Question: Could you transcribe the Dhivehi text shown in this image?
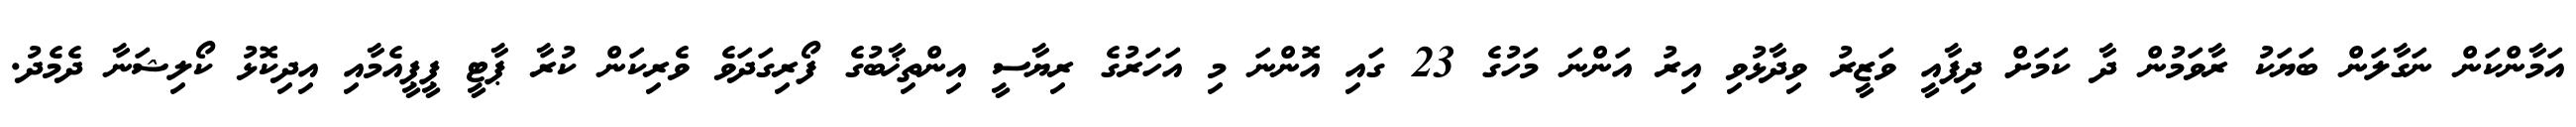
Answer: އަމާންކަން ނަގާލަން ބަޔަކު ރާވަމުން ދާ ކަމަށް ދިފާއީ ވަޒީރު ވިދާޅުވި އިރު އަންނަ މަހުގެ 23 ގައި އޮންނަ މި އަހަރުގެ ރިޔާސީ އިންތިޚާބުގެ ފޯރިގަދަވެ ވެރިކަން ކުރާ ޕާޓީ ޕީޕީއެމާއި އިދިކޮޅު ކޯލިޝަނާ ދެމެދު.